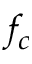
f _ { c }